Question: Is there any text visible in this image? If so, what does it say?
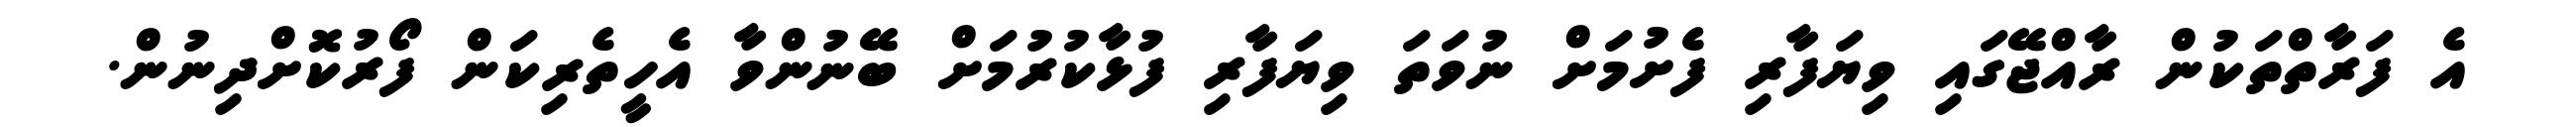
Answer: އެ ފަރާތްތަކުން ރާއްޖޭގައި ވިޔަފާރި ފެށުމަށް ނުވަތަ ވިޔަފާރި ފުޅާކުރުމަށް ބޭނުންވާ އެހީތެރިކަން ފޯރުކޮށްދިނުން.